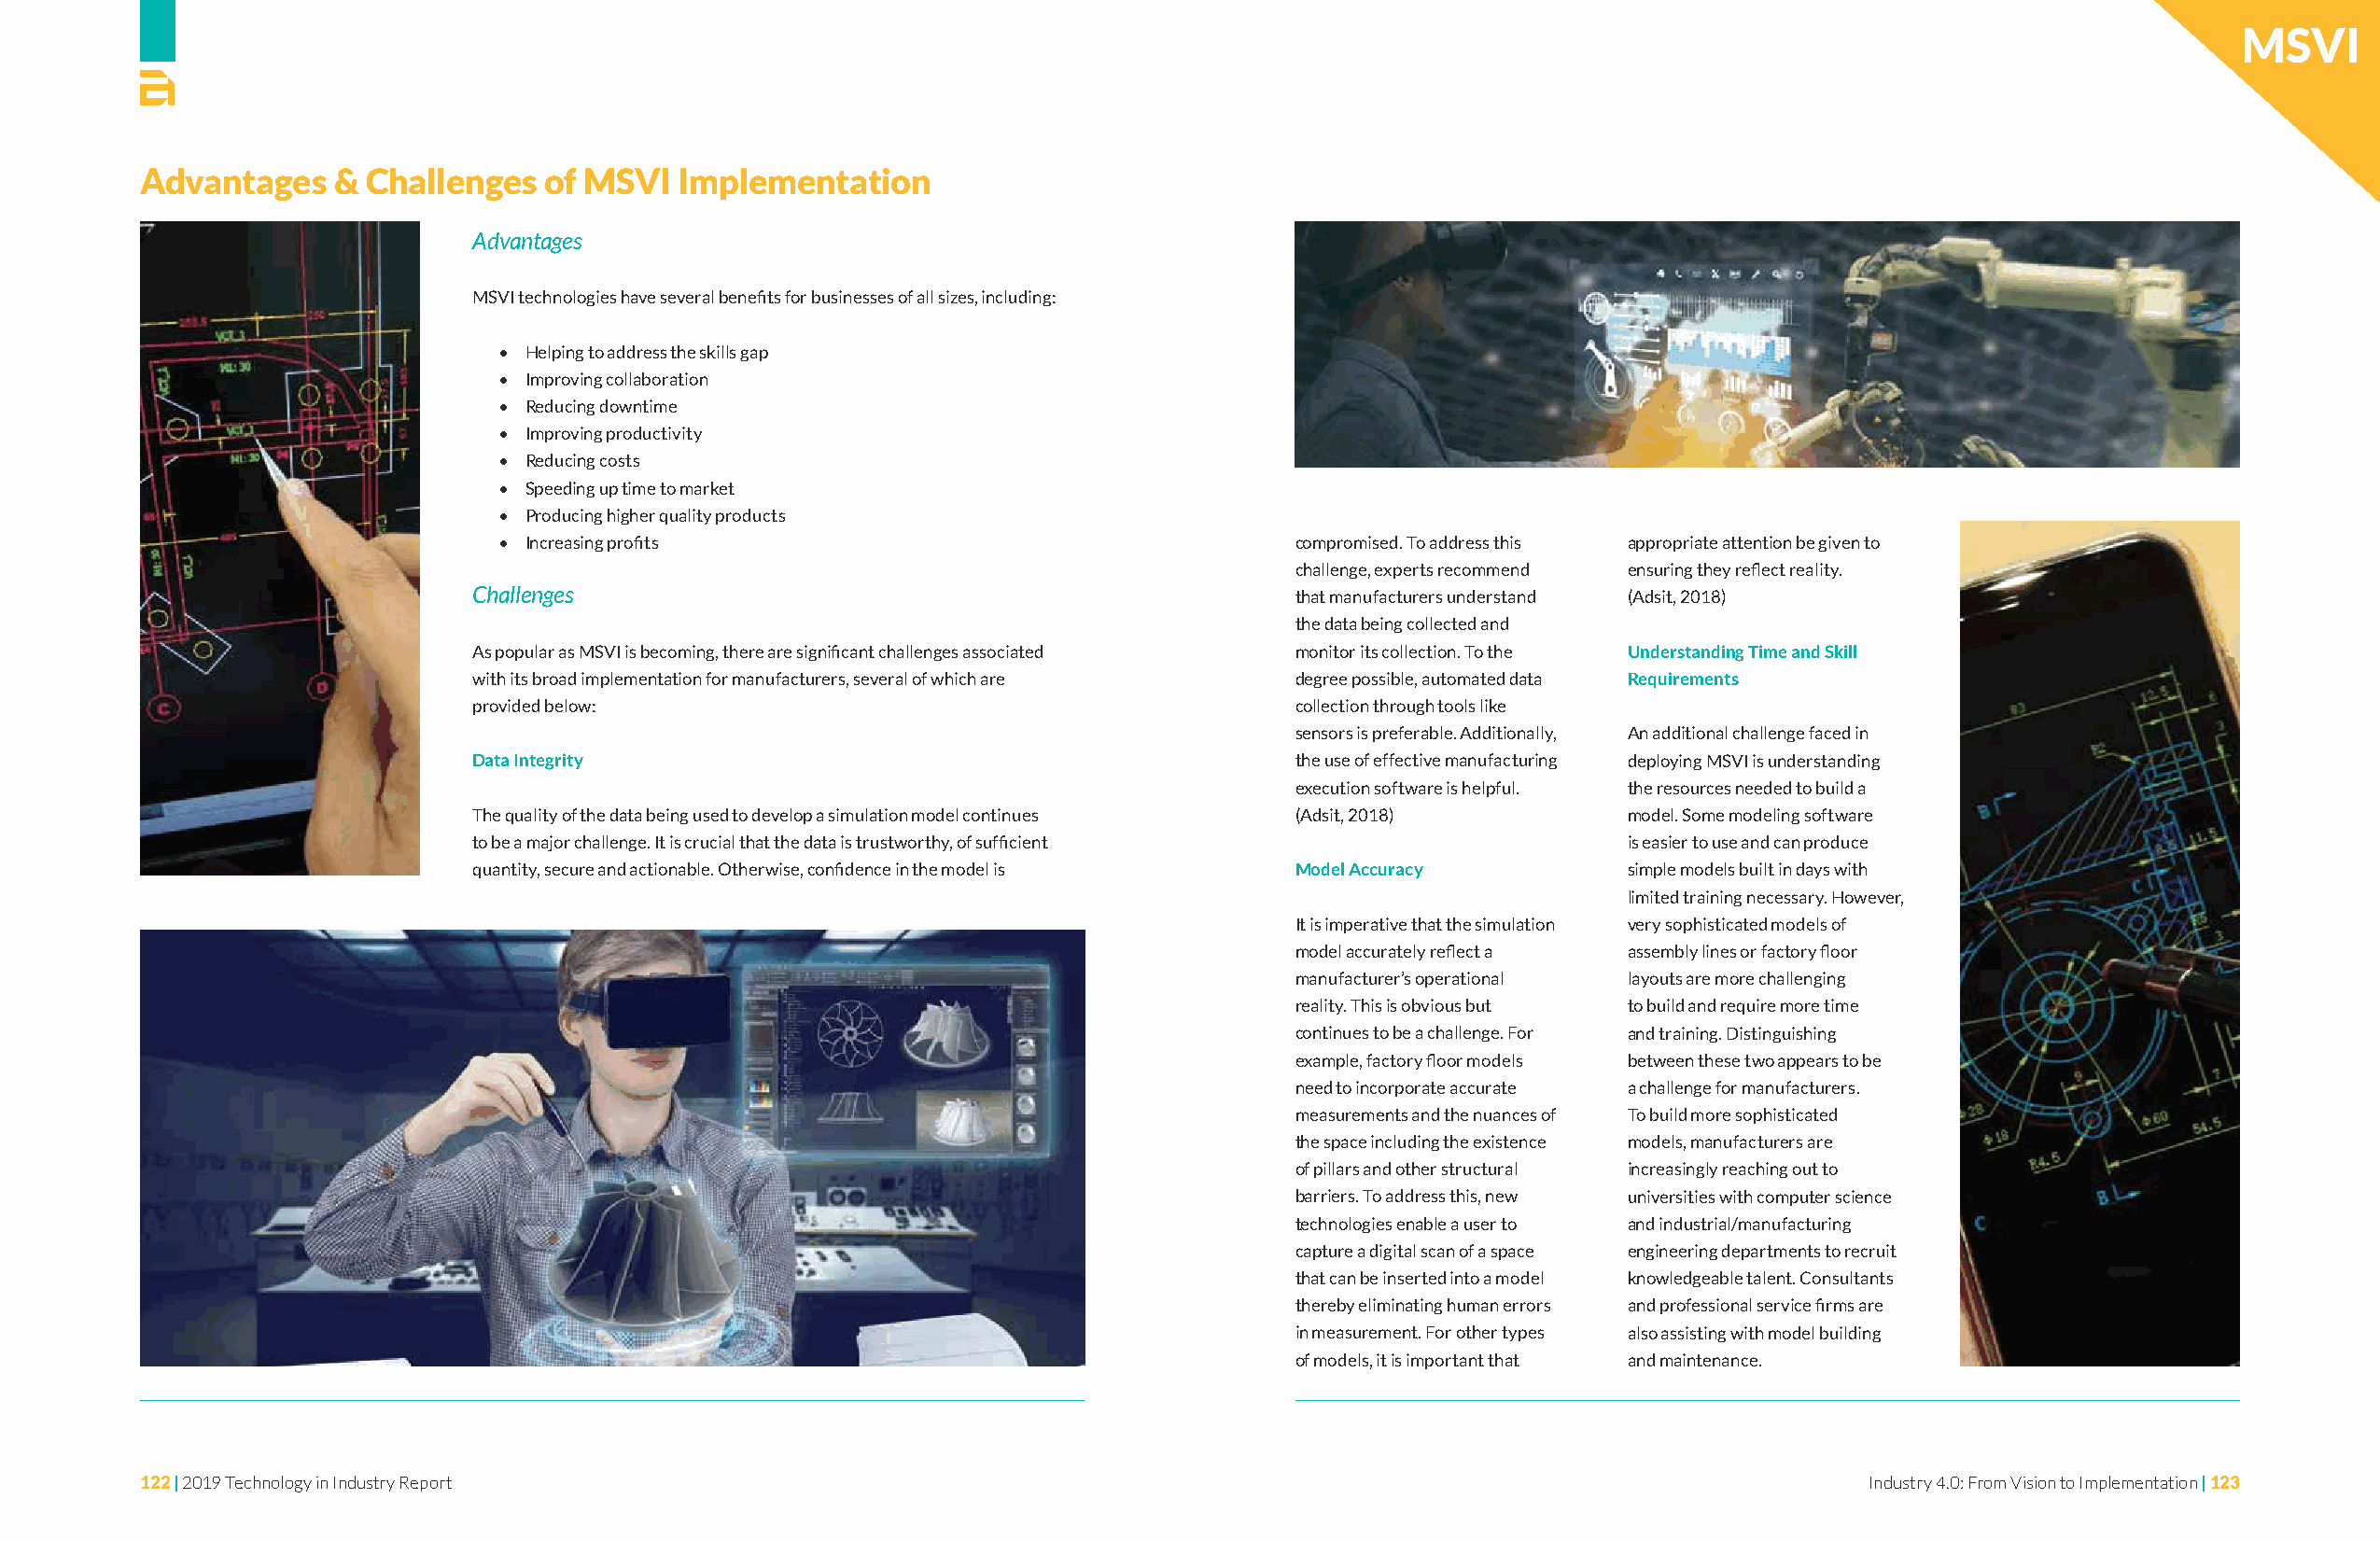
MSVI
 Advantages    & Challenges   of MSVI  Implementation
 Advantages
 MSVI technologies have several benefits for businesses of all sizes, including:
 • Helping to address the skills gap
 • Improving collaboration
 • Reducing downtime
 • Improving productivity
 • Reducing costs
 • Speeding up time to market
 • Producing higher quality products
 • Increasing profits                                     compromised. To address this appropriate attention be given to
 challenge, experts recommend ensuring they reflect reality.
 Challenges                                                that manufacturers understand (Adsit, 2018)
 the data being collected and
 As popular as MSVI is becoming, there are significant challenges associated monitor its collection. To the Understanding Time and Skill
 with its broad implementation for manufacturers, several of which are degree possible, automated data Requirements
 provided below:                                           collection through tools like
 sensors is preferable. Additionally, An additional challenge faced in
 Data Integrity                                            the use of effective manufacturing deploying MSVI is understanding
 execution software is helpful. the resources needed to build a
 The quality of the data being used to develop a simulation model continues (Adsit, 2018) model. Some modeling software
 to be a major challenge. It is crucial that the data is trustworthy, of sufficient is easier to use and can produce
 quantity, secure and actionable. Otherwise, confidence in the model is Model Accuracy simple models built in days with
 limited training necessary. However,
 It is imperative that the simulation very sophisticated models of
 model accurately reflect a assembly lines or factory floor
 manufacturer’s operational layouts are more challenging
 reality. This is obvious but to build and require more time
 continues to be a challenge. For and training. Distinguishing
 example, factory floor models between these two appears to be
 need to incorporate accurate a challenge for manufacturers.
 measurements and the nuances of To build more sophisticated
 the space including the existence models, manufacturers are
 of pillars and other structural increasingly reaching out to
 barriers. To address this, new universities with computer science
 technologies enable a user to and industrial/manufacturing
 capture a digital scan of a space engineering departments to recruit
 that can be inserted into a model knowledgeable talent. Consultants
 thereby eliminating human errors and professional service firms are
 in measurement. For other types also assisting with model building
 of models, it is important that and maintenance.
 122 | 2019 Technology in Industry Report                                                                                   Industry 4.0: From Vision to Implementation | 123